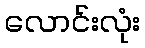
လောင်းလုံး